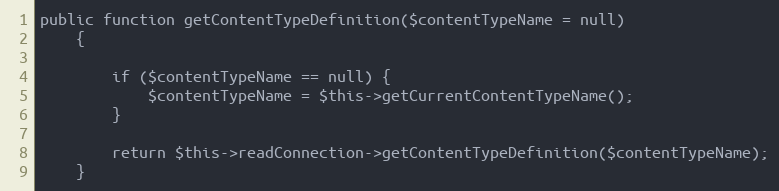
Language: PHP
public function getContentTypeDefinition($contentTypeName = null)
    {

        if ($contentTypeName == null) {
            $contentTypeName = $this->getCurrentContentTypeName();
        }

        return $this->readConnection->getContentTypeDefinition($contentTypeName);
    }